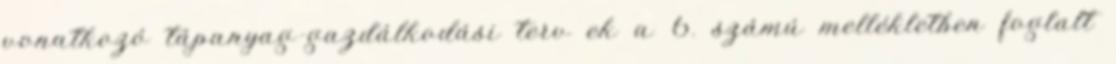
vonatkozó tápanyag-gazdálkodási terv ek a 6. számú mellékletben foglalt